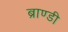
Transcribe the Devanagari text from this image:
ब्राण्डी